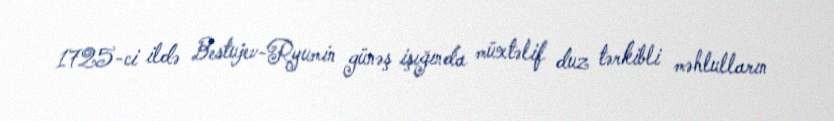
1725-ci ildə Bestujev-Ryumin günəş işığında müxtəlif duz tərkibli məhlulların